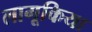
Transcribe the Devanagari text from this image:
लागूकिया